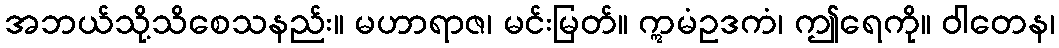
အဘယ်သို့သိစေသနည်း။ မဟာရာဇ၊ မင်းမြတ်။ ဣမံဥဒကံ၊ ဤရေကို။ ဝါတေန၊